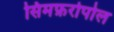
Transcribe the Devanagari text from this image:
सिमफ़रोपोल